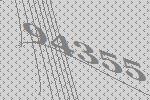
94355